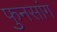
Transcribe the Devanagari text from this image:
फुनसांग